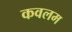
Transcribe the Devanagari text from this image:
कवलम